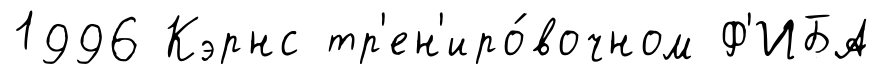
1996 Кэрнс тр'ен'иро́вочном Ф'ИБА